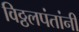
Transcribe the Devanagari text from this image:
विठ्ठलपंतांनी